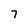
Character: 7